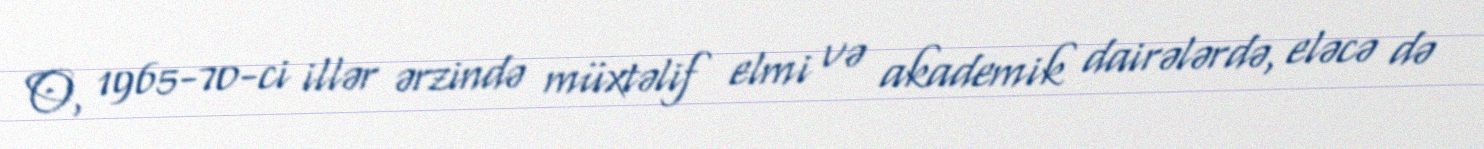
O, 1965-70-ci illər ərzində müxtəlif elmi və akademik dairələrdə, eləcə də